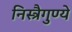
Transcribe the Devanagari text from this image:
निस्त्रैगुण्ये